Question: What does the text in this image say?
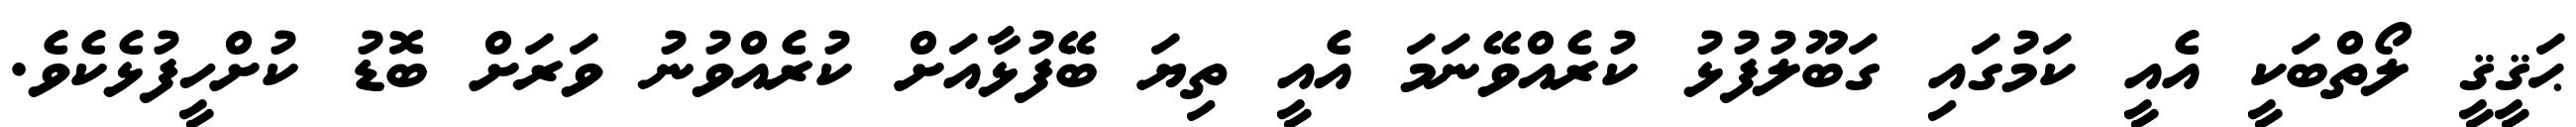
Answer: ޙަޤީޤީ ލޯތްބަކީ އެއީ ކަމުގައި ގަބޫލުފުޅު ކުރެއްވޭނަމަ އެއީ ތިޔަ ބޭފުޅާއަށް ކުރެއްވުނު ވަރަށް ބޮޑު ކުށްހީފުޅެކެވެ.